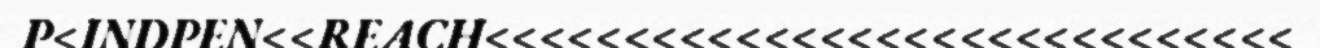
P<INDPEN<<REACH<<<<<<<<<<<<<<<<<<<<<<<<<<<<<